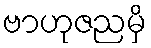
ဗာဟုဇညမှိ